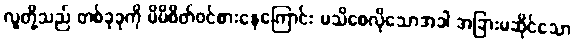
လူတို့သည် တစ်ခုခုကို မိမိစိတ်ဝင်စားနေကြောင်း မသိစေလိုသောအခါ အခြားမဆိုင်သော